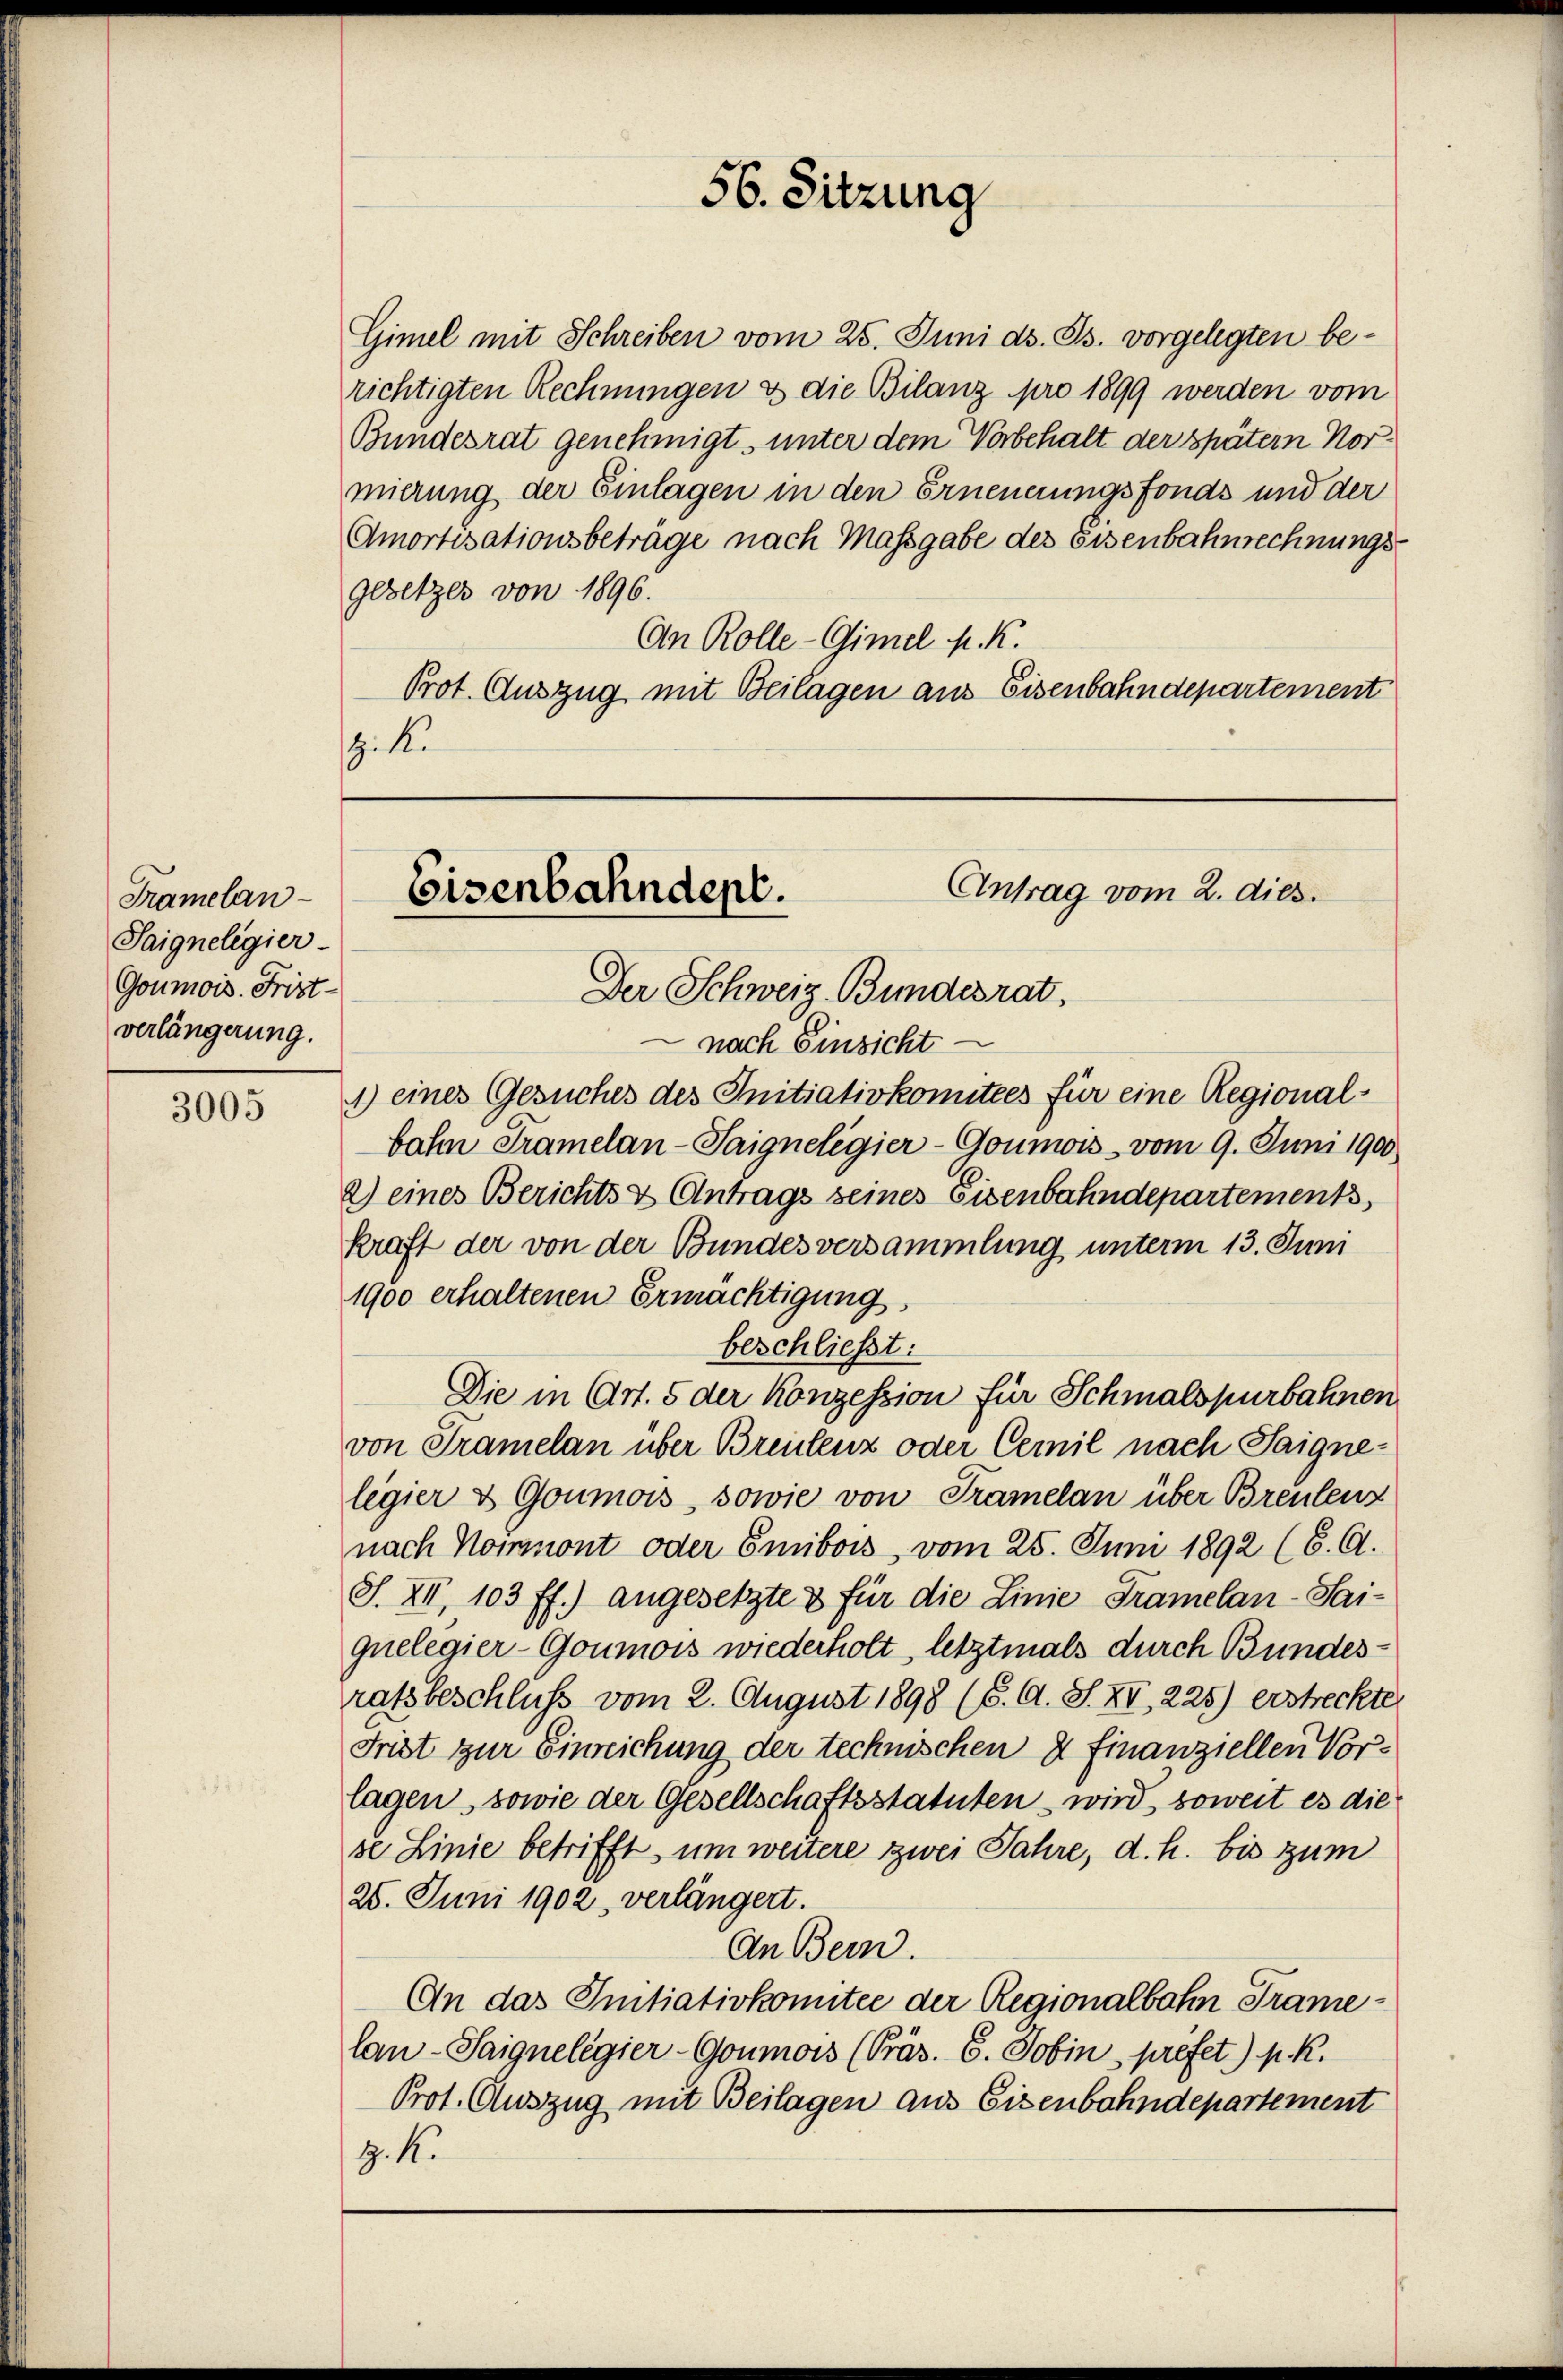
Tramelan¬
Saigneligier
Goumois. Frist-
verlängerung.

3005

mierung der Einlagen in den Erneuerungsfonds und der
Amortisationsbeträge nach Massgabe des Eisenbahnrechnungs
Gesetzes von 1896.
An Rolle-Gimel K. K.
Prot. Auszug mit Beilagen aus Eisenbahndepartement
z. K.

nach Einsicht
1) eines Gesuches des Initiativkomitees für eine Regionalbalm Tramelan-Saignelegier - Goumois vom 9. Juni 1900
2) eines Berichts & Antrags seines Eisenbahndepartement
kraft der von der Bundesversammlung unterm 13. Juni
1900 erhaltenen Ermächtigung
beschließt:
Die in Art. 5 der Konzession für Schmalspurbahnen
von Tramelan über Breulenz oder Cemil nach Saignelegier & Goumois, sowie von Tramelan über Breulenz
nach Noinmont oder Emibois, vom 25. Juni 1892 (6. A.
S. XII, 103 ff.) angesetzte & für die Linie Tramelan-Sai-
quelegier-Goumois wiederholt, letztmals durch Bundesratsbeschluss vom 2. August 1898 (6. A. S. XV, 225) erstreckte,
Frist zur Einreichung der technischen & finanziellen Vorlagen, sowie der Gesellschaftsstatuten – wird, soweit es die
se Linie betrifft, um weitere zwei Jahre, d. h. bis zum
25. Juni 1902, verlängert.
An Bern.
An das Initiativkomitee der Regionalbahn Tramelan-Saignelegier-Goumois (Präs. 6. Jobin, prefet.) P. R.
Prot. Auszug mit Beilagen aus Eisenbahndepartement
z. K.

56. Sitzung

Antrag vom 2. dies.
Eisenbahndept.
Der Schweiz. Bundesrat.

Gimel mit Schreiben vom 25. Juni d. Js. vorgelegten berichtigten Rechnungen & die Bilanz pro 1899 werden vom
Bundesrat genehmigt, unter dem Vorbehalt der später Nor¬